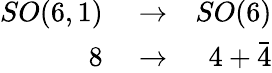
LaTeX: \begin{array}{rlr}{SO(6,1)}&{{}\rightarrow}&{SO(6)}\\ {8}&{{}\rightarrow}&{4+\bar{4}}\end{array}